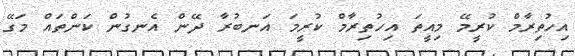
އިހުތިރާމް ކުރީމޭ މިއީތަ އިހުތިރާމް ކުރީމަ އަނބުރާ ދޭން އެނގުން ކަންތައް މަގޭ